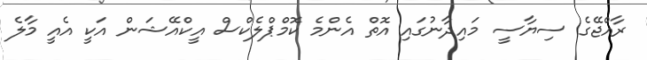
ރާއްޖޭގެ ސިޔާސީ މައިދާނުގައި އޮތް އެންމެ ކޮމްޕްލެކްސް އީކްއޭޝަން އަކީ އެއީ މާލެ